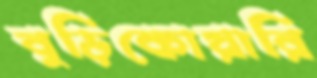
বুড়িকোয়ারি